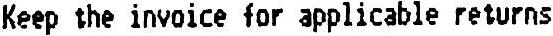
KEEP THE INVOICE FOR APPLICABLE RETURNS